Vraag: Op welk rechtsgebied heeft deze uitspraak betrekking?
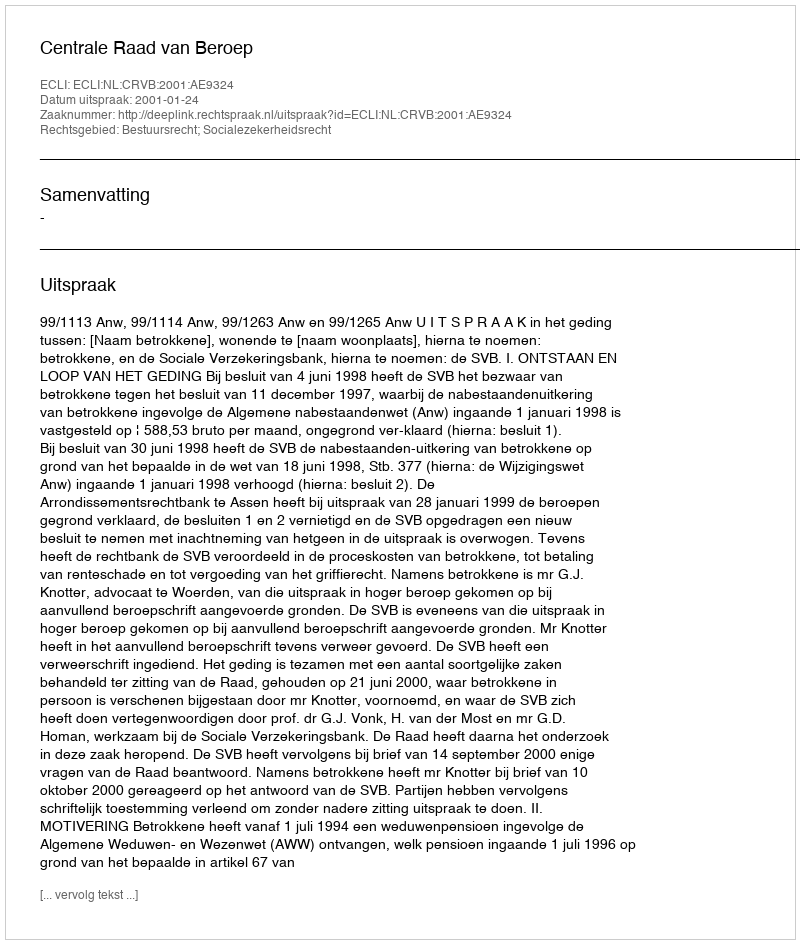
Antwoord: Bestuursrecht; Socialezekerheidsrecht